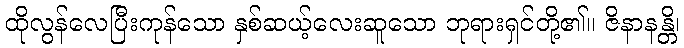
ထိုလွန်လေပြီးကုန်သော နှစ်ဆယ့်လေးဆူသော ဘုရားရှင်တို့၏။ ဇိနာနန္တိ၊